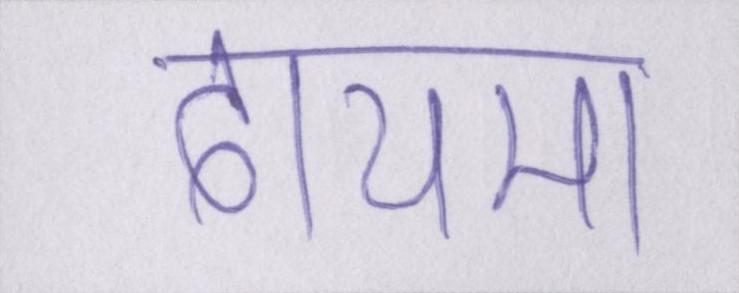
दायमा